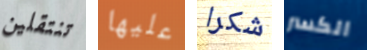
تنتقلين عليها شكرا الكسر